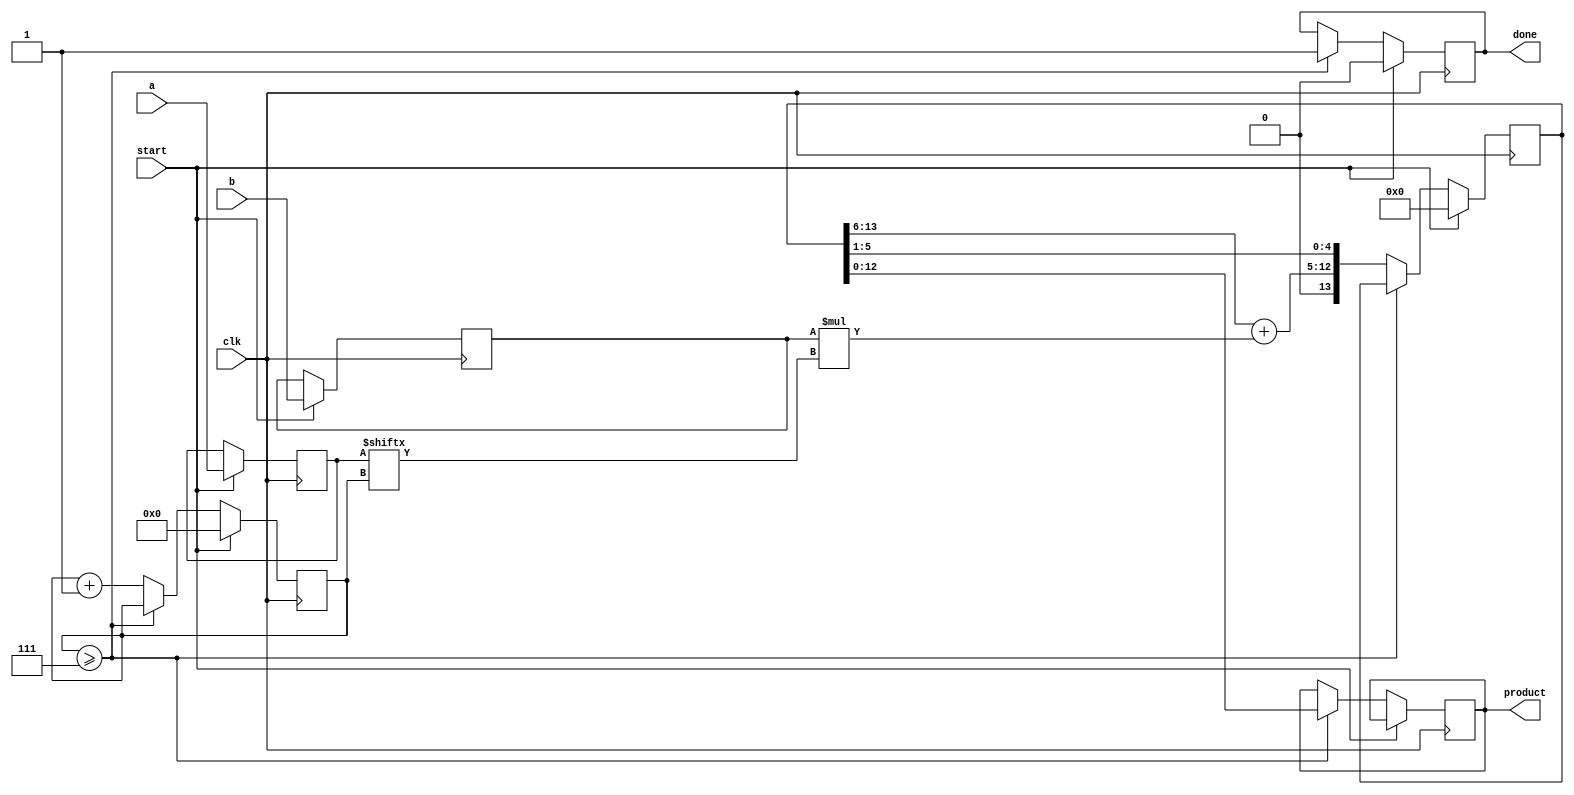
`timescale 1ns / 1ps
//////////////////////////////////////////////////////////////////////////////////
// Company: 
// Engineer: 
// 
// Design Name: 
// Module Name:    bin_fact 
// Project Name: 
// Target Devices: 
// Tool versions: 
// Description: 
//
// Dependencies: 
//
// Revision: 
// Revision 0.01 - File Created
// Additional Comments: 
//
//////////////////////////////////////////////////////////////////////////////////


// Name : Suryam Arnav Kalra
// Roll No.: 19CS30050


module bin_fact(clk, start, a, b, done, product);
	// take the input signal
	input clk, start;
	// take the input operands
	input [6:0] a, b;
	// output register to denote the completion of execution
	output reg done;
	// output register for the product
	output reg [12:0] product;
	
	// register to denote the number of iterations
	reg [6:0] count;
	
	// register to store the intermediate values
	reg [6:0] a_, b_;
	
	// register to store the intermediate product
	reg [13:0] p_;
	
	// do some action at the positive edge of the clock
	always @(posedge clk) begin
	
		// if we are in the reset (start) state
		if(start) begin
		   // set the register values
			a_ = a;
			b_ = b;
			// P0 = 0
			p_ = 0;
			// count (iteration number) = 0
			count = 0;
			// output not ready
			done = 0;
		end
		else begin
			
			// the below is the controllerpath which goes to a particular state (if-else block) according to the iteration number
		
			// if the iteration number >= 7, we have the result
			if(count >= 7) begin
				// we are ready to take the result
				done = 1;
				product = p_;
			end
			else begin
			
				// the below is the datapath which computes the partial results
			
				// set the uppermost bits of the product with the addition as P_i = P_i + Y*X[n-1-i]
				{p_[13:6]} = p_[13:6] + (b_*a_[count]);
				// right shift the product 
				p_ = p_ >> 1;
				// increase the iteration count by 1
				count = count + 1;
			end
		end
		
	end


endmodule